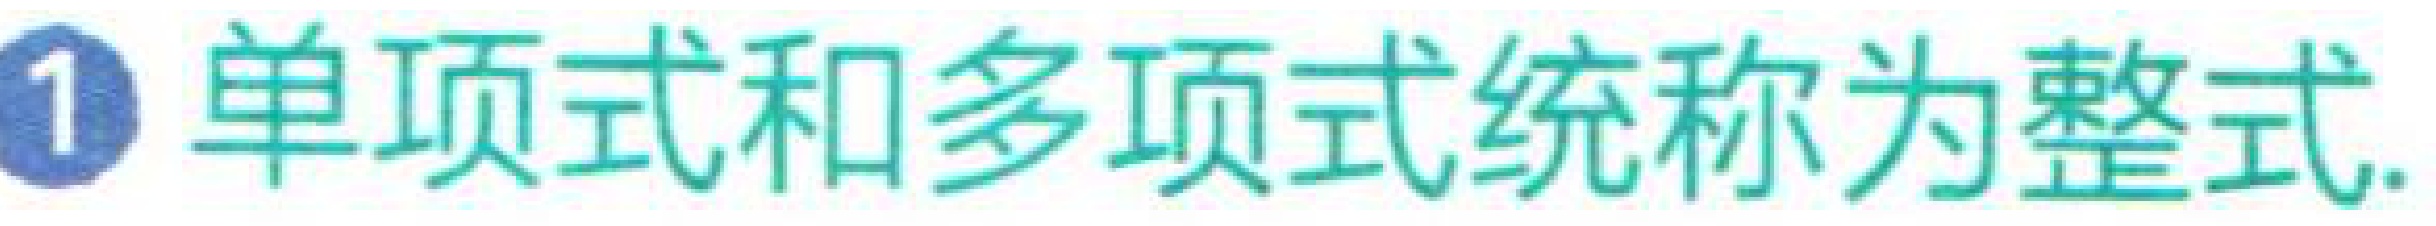
\textcircled{1}单项式和多项式统称为整式.